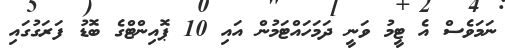
ނަމަވެސް އެ ޓީމު ވަނީ ދަމަހައްޓަމުން އައި 10 ޕޮއިންޓްގެ ބޮޑު ފަރަގުގައި